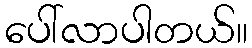
ပေါ်လာပါတယ်။